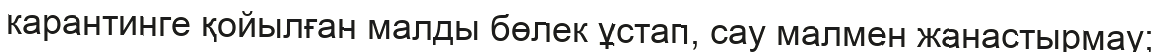
карантинге қойылған малды бөлек ұстап, сау малмен жанастырмау;